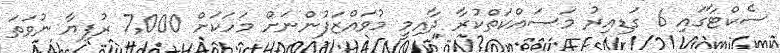
ސެކްޓާގައި 6 ގަޑިއިރު މަސައްކަތްކުރާ ދާއިމީ މުވައްޒަފުންނަށް މަހަކަށް 7